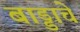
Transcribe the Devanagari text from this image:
बाड्डाचे